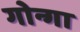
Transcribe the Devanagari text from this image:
गोन्गा